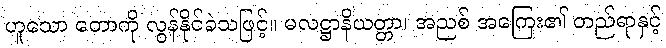
ဟူသော တောကို လွန်နိုင်ခဲသဖြင့်။ မလဋ္ဌာနိယတ္တာ၊ အညစ် အကြေး၏ တည်ရာနှင့်